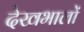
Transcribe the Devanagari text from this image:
देखभालों